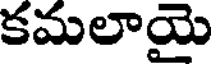
కమలాయై